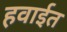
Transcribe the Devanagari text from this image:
हवाईत